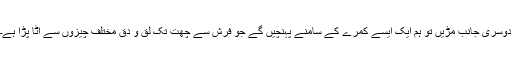
دوسری جانب مڑیں تو ہم ایک ایسے کمرے کے سامنے پہنچیں گے جو فرش سے چھت تک لق و دق مختلف چیزوں سے اٹا پڑا ہے۔